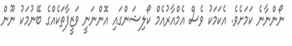
ނޯންނާނެ ކަމަށެވެ. އެކަމަކު ވެސް އެމްއާރުއެމް ކޯލިޝަންގައި އޮންނަނީ ވަޒީފާތަކެއްގެ ބޭނުމަކު ނޫން